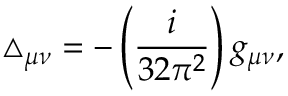
\triangle _ { \mu \nu } = - \left( \frac { i } { 3 2 \pi ^ { 2 } } \right) g _ { \mu \nu } ,